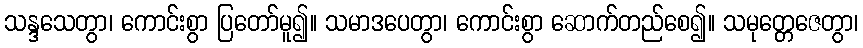
သန္ဒသေတွာ၊ ကောင်းစွာ ပြတော်မူ၍။ သမာဒပေတွာ၊ ကောင်းစွာ ဆောက်တည်စေ၍။ သမုတ္တေဇေတွာ၊